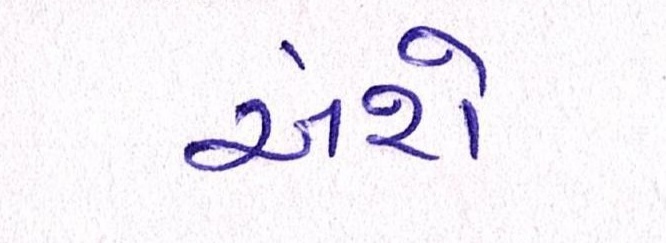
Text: અંશે